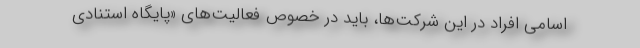
اسامی افراد در این شرکت‌ها، باید در خصوص فعالیت‌های «پایگاه استنادی